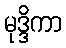
မုဒ္ဒိကာ